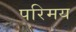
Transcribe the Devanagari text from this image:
परिमय